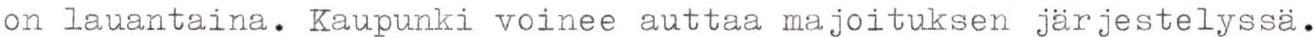
on lauantaina. Kaupunki voinee auttaa majoituksen järjestelyssä.